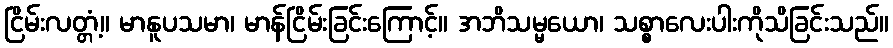
ငြိမ်းလတ္တံ့။ မာနူပသမာ၊ မာန်ငြိမ်းခြင်းကြောင့်။ အဘိသမ္မယော၊ သစ္စာလေးပါးကိုသိခြင်းသည်။